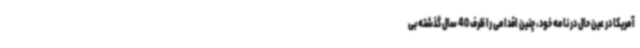
آمریکا در عین حال در نامه خود، چنین اقدامی را ظرف 40 سال گذشته بی